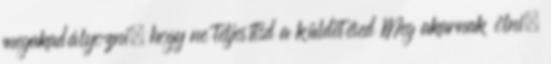
megakadályozni, hogy ne teljesítsd a küldetésed Meg akarnak ölni,